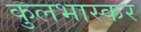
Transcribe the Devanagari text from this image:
कुलभास्कर